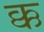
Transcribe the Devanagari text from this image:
क्क